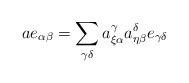
LaTeX: \begin{align*}a e_{\alpha\beta}=\sum_{\gamma\delta}a_{\xi\alpha}^{\gamma}a_{\eta\beta}^{\delta}e_{\gamma\delta}\end{align*}